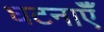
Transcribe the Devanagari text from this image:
घटनाऍँ